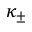
\kappa _ { \pm }